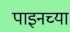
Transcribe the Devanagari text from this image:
पाइनच्या